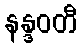
နန္ဒဝတီ